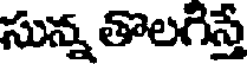
సున్న తొలగిస్తే